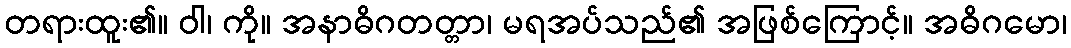
တရားထူး၏။ ဝါ၊ ကို။ အနာဓိဂတတ္တာ၊ မရအပ်သည်၏ အဖြစ်ကြောင့်။ အဓိဂမော၊